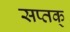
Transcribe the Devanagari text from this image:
सप्तक्